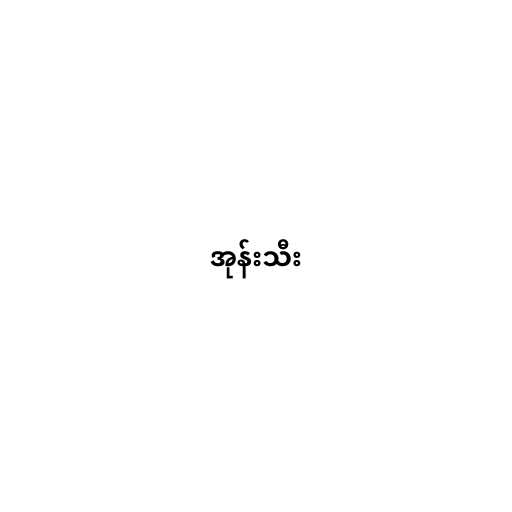
အုန်းသီး